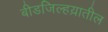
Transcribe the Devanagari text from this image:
बीडजिल्हय़ातील